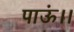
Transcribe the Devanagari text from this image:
पाऊं।।